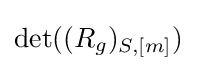
\det((R_{g})_{S,[m]})